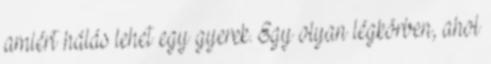
amiért hálás lehet egy gyerek. Egy olyan légkörben, ahol